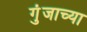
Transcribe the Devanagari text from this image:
गुंजाच्या